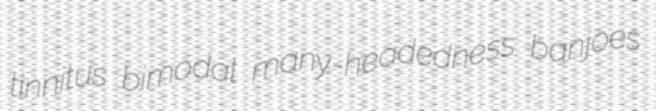
tinnitus bimodal many-headedness banjoes